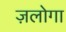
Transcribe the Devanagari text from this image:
ज़लोगा